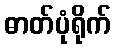
ဓာတ်ပုံရိုက်